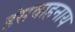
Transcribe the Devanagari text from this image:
हंसवाहनाय